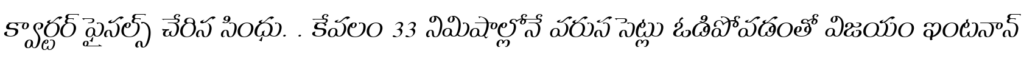
క్వార్టర్ ఫైనల్స్ చేరిన సింధు. . కేవలం 33 నిమిషాల్లోనే వరుస సెట్లు ఓడిపోవడంతో విజయం ఇంటనాన్